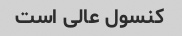
کنسول عالی است